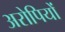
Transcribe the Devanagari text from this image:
अरोपियों